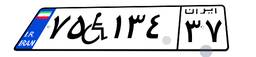
۷۵W۱۳۴۳۷